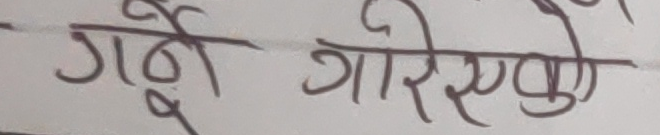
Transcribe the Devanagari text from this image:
गर्ने गरिएको